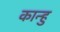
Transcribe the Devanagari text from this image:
कान्हु